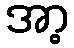
အာ့